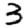
Digit: 3